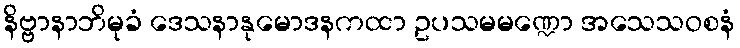
နိဗ္ဗာနာဘိမုခံ ဒေသနာနုမောဒနကထာ ဥပသမမဏ္ဍော အသေသဝစနံ